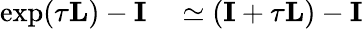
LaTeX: \begin{array}{rl}{\exp(\tau\mathbf{L})-\mathbf{I}}&{{}\simeq\left(\mathbf{I}+\tau\mathbf{L}\right)-\mathbf{I}}\end{array}